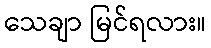
သေချာ မြင်ရလား။